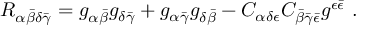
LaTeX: R _ { \alpha { \bar { \beta } } \delta \bar { \gamma } } = g _ { \alpha { \bar { \beta } } } g _ { \delta \bar { \gamma } } + g _ { \alpha \bar { \gamma } } g _ { \delta { \bar { \beta } } } - C _ { \alpha \delta \epsilon } C _ { { \bar { \beta } } \bar { \gamma } \bar { \epsilon } } g ^ { \epsilon \bar { \epsilon } } \ .